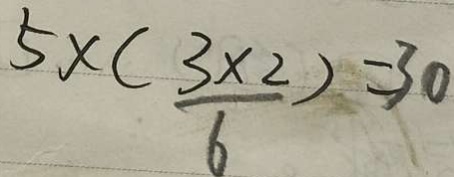
5 \times ( \frac { 3 \times 2 } { 6 } ) - 3 0